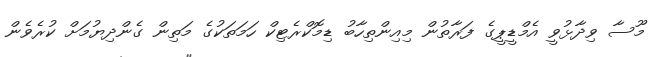
މޫސާ ވިދާޅުވީ އެމްޑީޕީގެ ފަރާތުން މިއިންތިހާބު ޑިމޮކްރެޓިކް ހަމަތަކުގެ މަތިން ގެންދިޔުމަށް ކުރެވެން